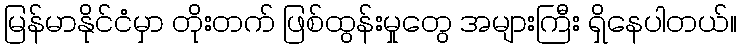
မြန်မာနိုင်ငံမှာ တိုးတက် ဖြစ်ထွန်းမှုတွေ အများကြီး ရှိနေပါတယ်။